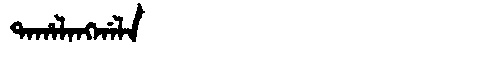
Manchu: ᡨᠠᡥᠠᠯᠠᠩᡤᠠᠯᠠ
Romanization: TAHALANGGALA